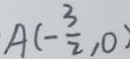
A ( - \frac { 3 } { 2 } , 0 )